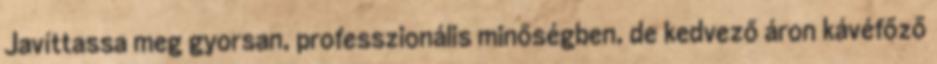
Javíttassa meg gyorsan, professzionális minőségben, de kedvező áron kávéfőző